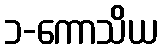
၁-ကောသိယ